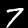
Digit: 7